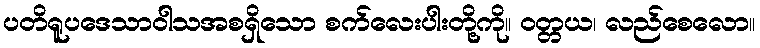
ပတိရူပဒေသာဝါသအစရှိသော စက်လေးပါးတို့ကို။ ဝတ္တယ၊ လည်စေလော။